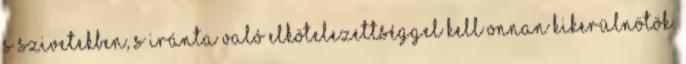
s szivetekben, s iránta való elkötelezettséggel kell onnan kikerülnötök.